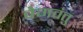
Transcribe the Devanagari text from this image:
वेगवंतु